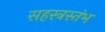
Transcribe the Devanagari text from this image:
सहस्त्रस्तंभ